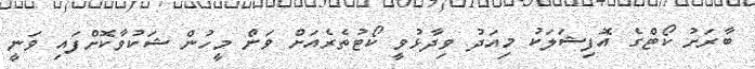
ބާރަށު ކޯޓްގެ އޮފިޝަލަކު މިއަދު ވިދާޅުވީ ކޯޓުތެރެއަށް ވަން މީހުން ޝަކުވާކޮށްފައި ވަނީ